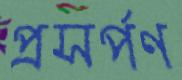
প্রসর্পণ